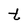
Character: t